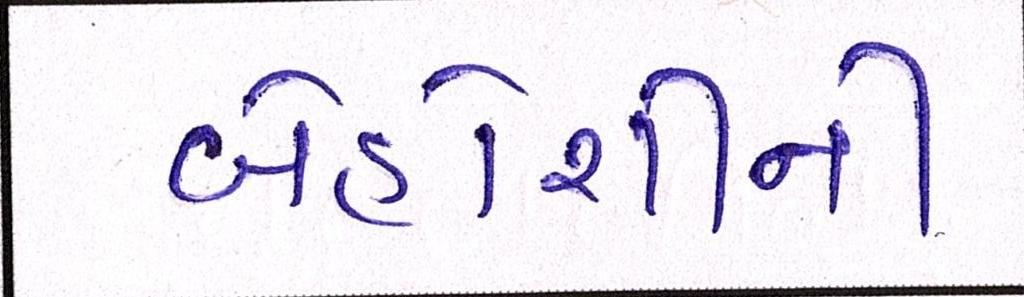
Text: બેહોશીની